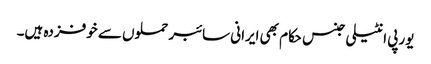
یورپی انٹیلی جنس حکام بھی ایرانی سائبر حملوں سے خوفزدہ ہیں۔